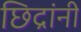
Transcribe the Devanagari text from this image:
छिद्रांनी